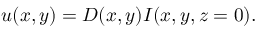
u ( x , y ) = D ( x , y ) I ( x , y , z = 0 ) .